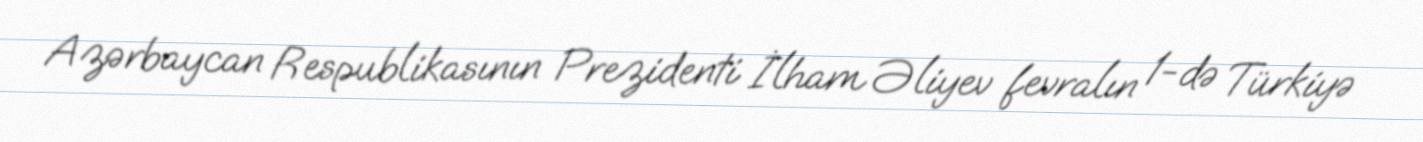
Azərbaycan Respublikasının Prezidenti İlham Əliyev fevralın 1-də Türkiyə